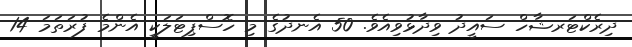
ދިރެކްޓަރޝާހް ސައީދު ވިދާޅުވިއެވެ. 50 އެނދުގެ މި ހޮސްޕިޓަލަކީ އެންމެ ފުރަތަމަ 14